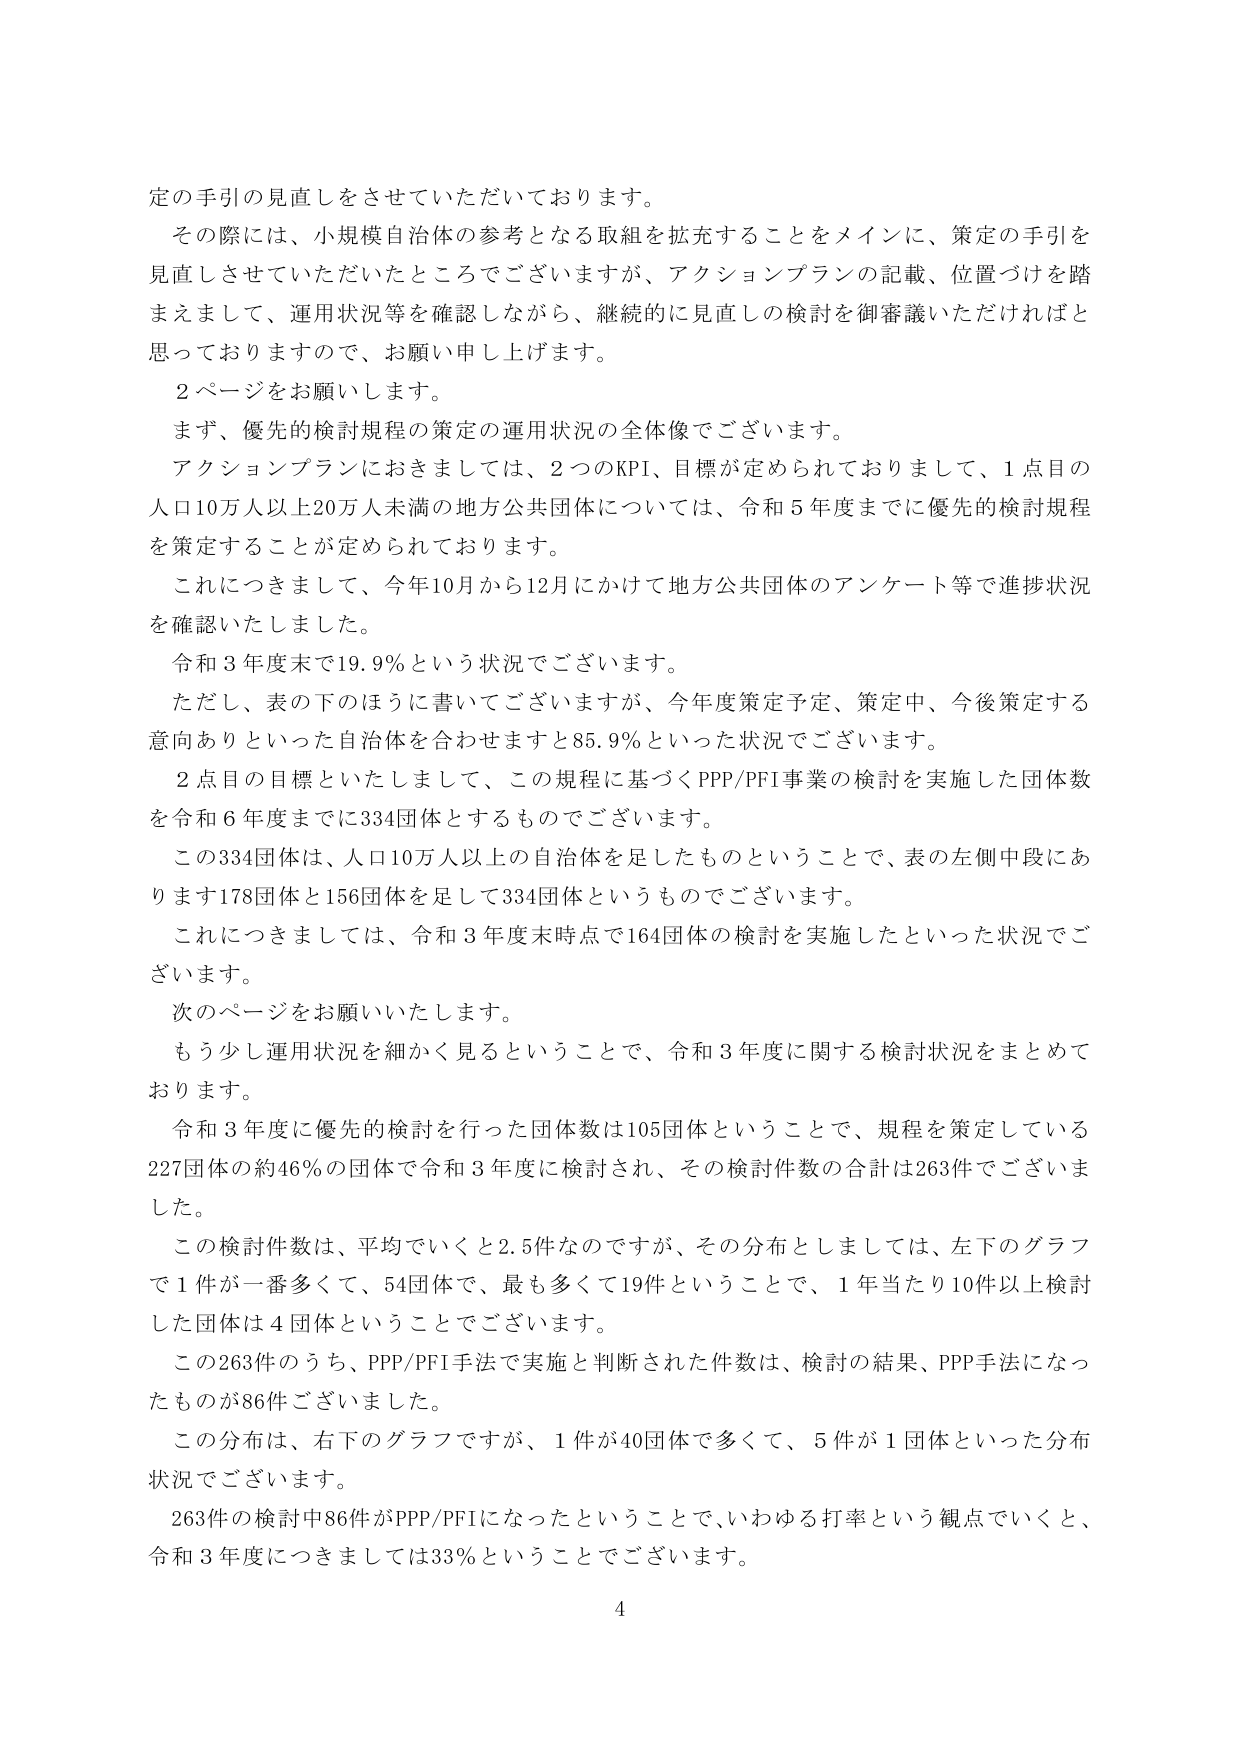
定の手引の見直しをさせていただいております。

その際には、小規模自治体の参考となる取組を拡充することをメインに、策定の手引を見直しさせていただいたところでございますが、アクションプランの記載、位置づけを踏まえまして、運用状況等を確認しながら、継続的に見直しの検討を御審議いただければと思っておりますので、お願い申し上げます。

２ページをお願いします。

まず、優先的検討規程の策定の運用状況の全体像でございます。

アクションプランにおきましては、２つのKPI、目標が定められておりまして、１点目の人口10万人以上20万人未満の地方公共団体については、令和５年度までに優先的検討規程を策定することが定められております。

これにつきまして、今年10月から12月にかけて地方公共団体のアンケート等で進捗状況を確認いたしました。

令和３年度末で19.9％という状況でございます。

ただし、表の下のほうに書いてございますが、今年度策定予定、策定中、今後策定する意向ありといった自治体を合わせますと85.9％といった状況でございます。

２点目の目標といたしまして、この規程に基づくPPP/PFI事業の検討を実施した団体数を令和６年度までに334団体とするものでございます。

この334団体は、人口10万人以上の自治体を足したものということで、表の左側中段にあります178団体と156団体を足して334団体というものです。

これにつきましては、令和３年度末時点で164団体の検討を実施したといった状況でございます。

次のページをお願いいたします。

もう少し運用状況を細かく見るということで、令和３年度に関する検討状況をまとめております。

令和３年度に優先的検討を行った団体数は105団体ということで、規程を策定している227団体の約46％の団体で令和３年度に検討され、その検討件数の合計は263件でございました。

この検討件数は、平均でいくと2.5件なのですが、その分布としましては、左下のグラフで１件が一番多くて、54団体で、最も多くて19件ということで、１年当たり10件以上検討した団体は４団体ということでございます。

この263件のうち、PPP/PFI手法で実施と判断された件数は、検討の結果、PPP手法になったものが86件ございました。

この分布は、右下のグラフですが、１件が40団体で多くて、５件が１団体といった分布状況でございます。

263件の検討中86件がPPP/PFIになったということで、いわゆる打率という観点でいくと、令和３年度につきましては33％ということでございます。

4